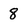
Character: 8